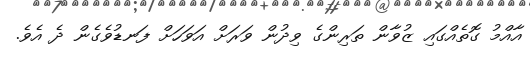
އާއްމު ގޮތެއްގައި ޒުވާން ތަރިންގެ ވިދުން ވަރަށް އަވަހަށް ފަނޑުވެގެން ދެ އެވެ.